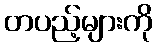
တပည့်များကို